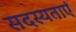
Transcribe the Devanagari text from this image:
सदस्यताएं